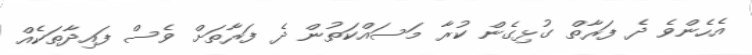
އެހެންވެ ދެ ފަރާތް ގުޅިގެން ކުރާ މަސައްކަތުން ދެ ފަރާތަށް ވެސް ފައިދާތަކެއް